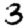
Digit: 3